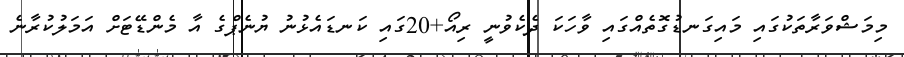
މިމަޝްވަރާތަކުގައި މައިގަނޑުގޮތެއްގައި ވާހަކަ ދެކެވުނީ ރިއޯ+20ގައި ކަނޑައެޅުނު ޔުނެޕްގެ އާ މެންޑޭޓަށް އަމަލުކުރާނެ